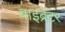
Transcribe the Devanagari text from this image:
बाइब्रेटर